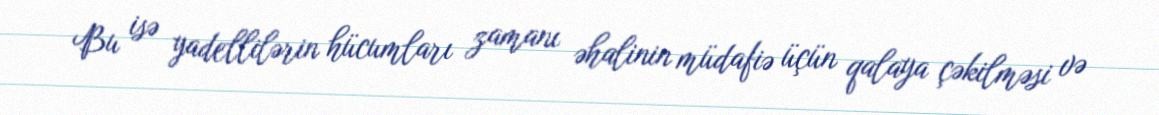
Bu isə yadellilərin hücumları zamanı əhalinin müdafiə üçün qalaya çəkilməsi və